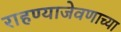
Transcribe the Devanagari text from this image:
राहण्याजेवणाच्या